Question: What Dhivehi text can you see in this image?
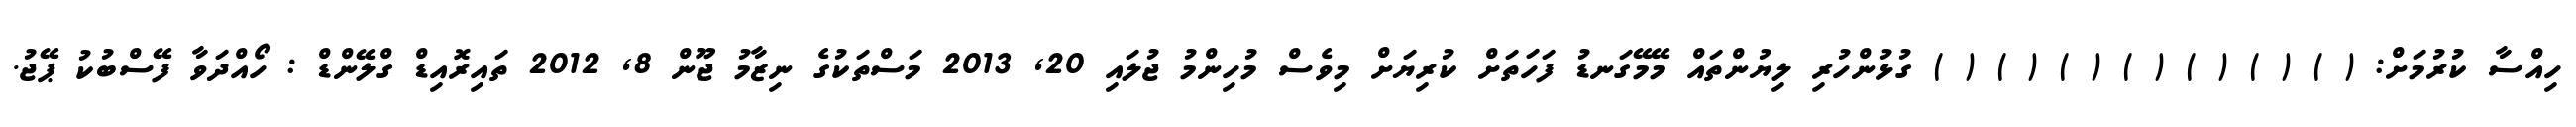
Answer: ހިއްސާ ކުރުމަށް: ( ) ( ) ( ) ( ) ( ) ( ) ( ) ގުޅުންހުރި ލިޔުންތައް މޭމޭގަނޑު ފަހަތަށް ކުރިޔަށް މިވެސް މުހިންމު ޖުލައި 20, 2013 މަސްތަކުގެ ނިޒާމު ޖޫން 8, 2012 ތައިރޮއިޑް ގްލޭންޑް : ހޯއްދަވާ ފޭސްބުކު ޕޭޖު.